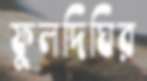
ফুলদিঘির